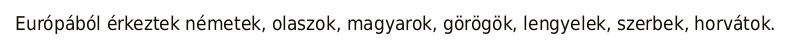
Európából érkeztek németek, olaszok, magyarok, görögök, lengyelek, szerbek, horvátok.